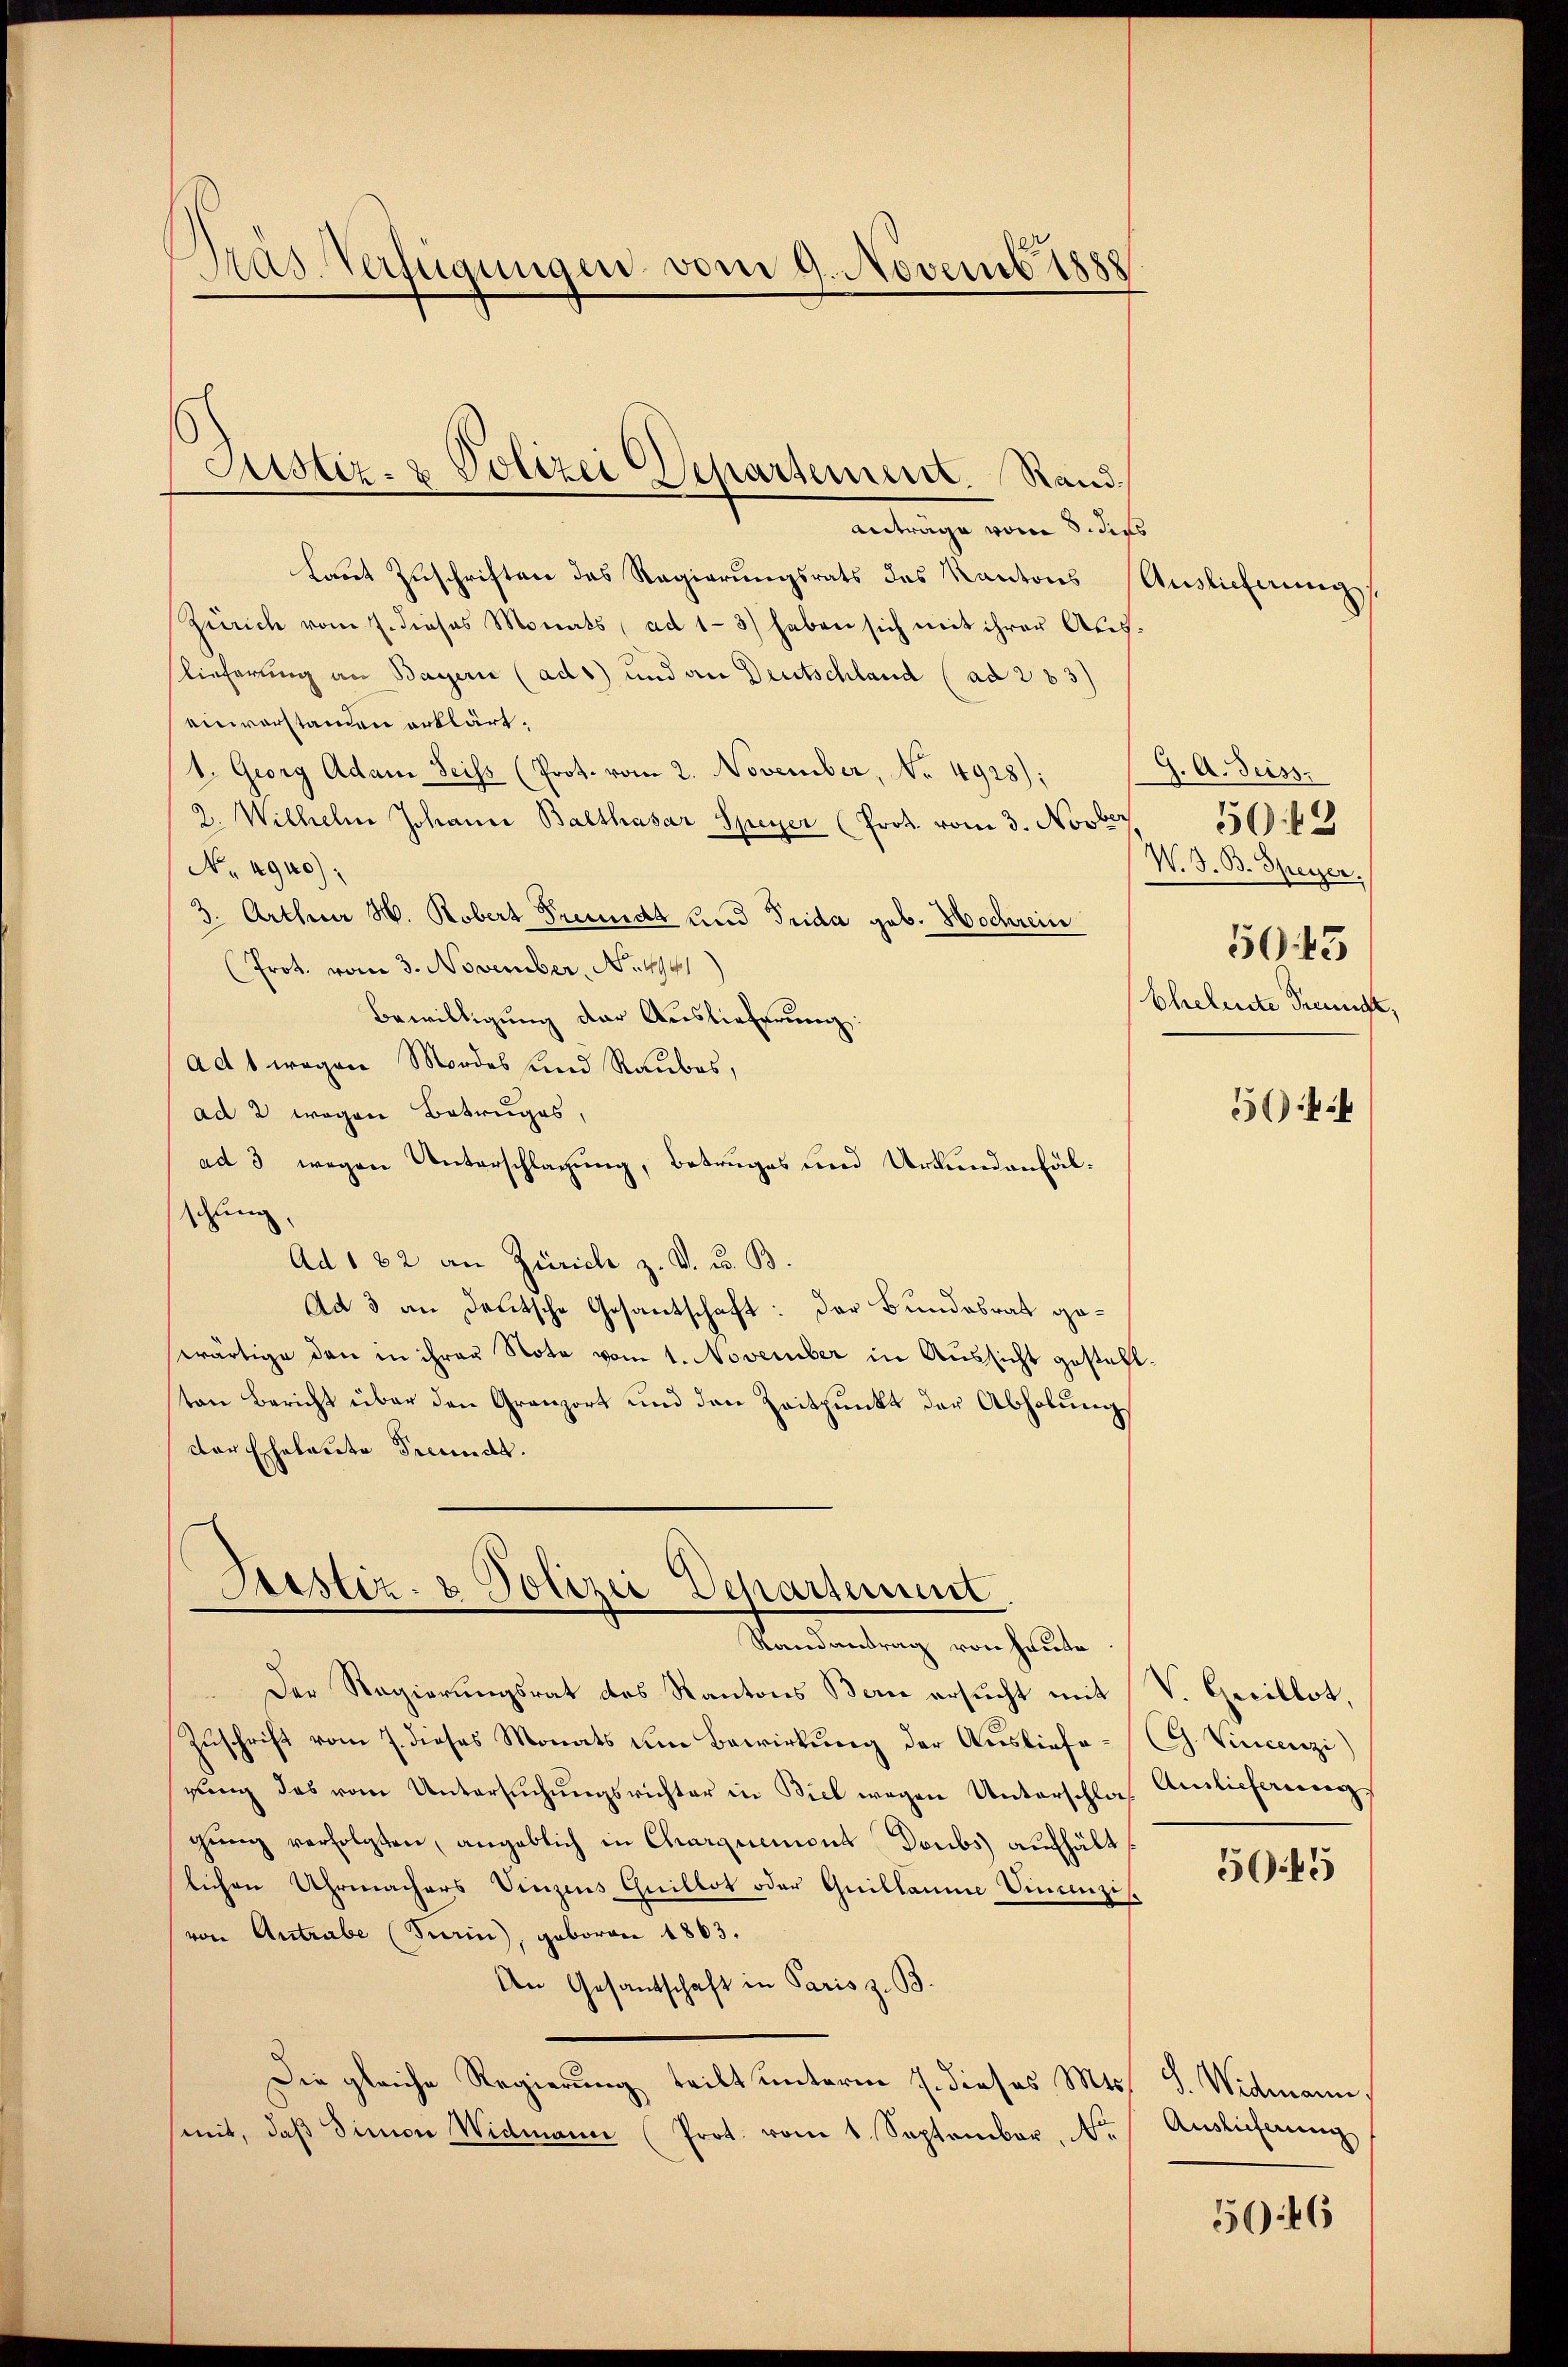
Präs. Verfügungen vom 9. Novembrisse

Justiz- & Polizei Departement. Rand,

Anträge vom 8. dies
laŭt Zŭschriften das Regierŭngsrats des Kantons Auslicherŭng
Zürich vom 7. dieses Monats, ad 1-3) haben sich mit ihrer Aus
lieferung an Bayern (ads) und an Deutschland (ad 283)
einverstanden erklärt.
1. Georg Adam Seiss (Prot. vom 2. November, No. 4928):
2. Wilhelm Johann Balthasar Speyer (Prot. vom 3. Novber
No. 4940):
3. Arthur H. Robert Freundt und Frida geb. Hochrein
(Prot. vom 3. November, No. 4941)
Bewilligung der Auslieferung:
Ad 1 wegen Mordes und Raubes,
ad 2 wegen Betruges,
ad 3 wegen Unterschlagung, Betruges und Urkundenfälschung,
Ad 182 an Zürich z. B. u. B.
Ad 3 an deutsche Gesantschaft: Der Bundesrat geswärtige den in ihrer Note vom 1. November in Aussicht gestehl.
ton Bericht über den Gränz(...) und den Zeitpunkt der Abholungs
der Eheleute Freundt.

Bestiz- & Polizei Departement.
Randantrag von heute

Der Regierungsrat des Kantons Bern ersucht mit V. Cocillot,
Zuschrift vom 7. dieses Monats um Bewirkung der Ausliefe-C. Vincenzi
gŭng des vom Untersŭchŭngsrichter in Biel wegen Unterschlas Ausliefereier
gŭng verfolgten, angeblich in Charquement Doubs aufhält
lichen Uhrmachers Vinzens Quillot oder Guillaume Vincenzis
von Antrabe (Turin, geboren 1863.
An Gesantschaft in Paris z. B.
Die gleiche Regierung teilt unterm 7. dieses Mts.
mit, daβ Simon Widmann (Prot. vom 1. September, Nr.

J. A. Seiss.
50. 43
W. G. B. Speyer,
5043
bheleute Freunde.

544

50.45

d. Widmann.
Auslieferung

556. 46